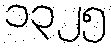
၁၃၂၅